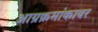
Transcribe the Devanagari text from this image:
आग्रक्रमांकावर